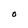
Character: O